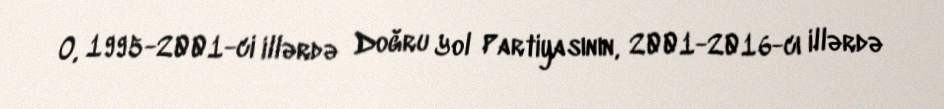
O, 1995-2001-ci illərdə Doğru Yol Partiyasının, 2001-2016-cı illərdə